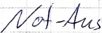
Text: Not-Aus